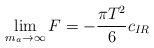
\begin{align*}\lim_{m_a\to \infty} F = -\frac{\pi T^2}{6} c_{IR}\end{align*}